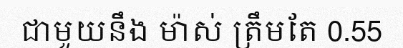
ជាមួយនឹង ម៉ាស់ ត្រឹមតែ 0.55